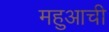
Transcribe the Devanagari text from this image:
महुआची